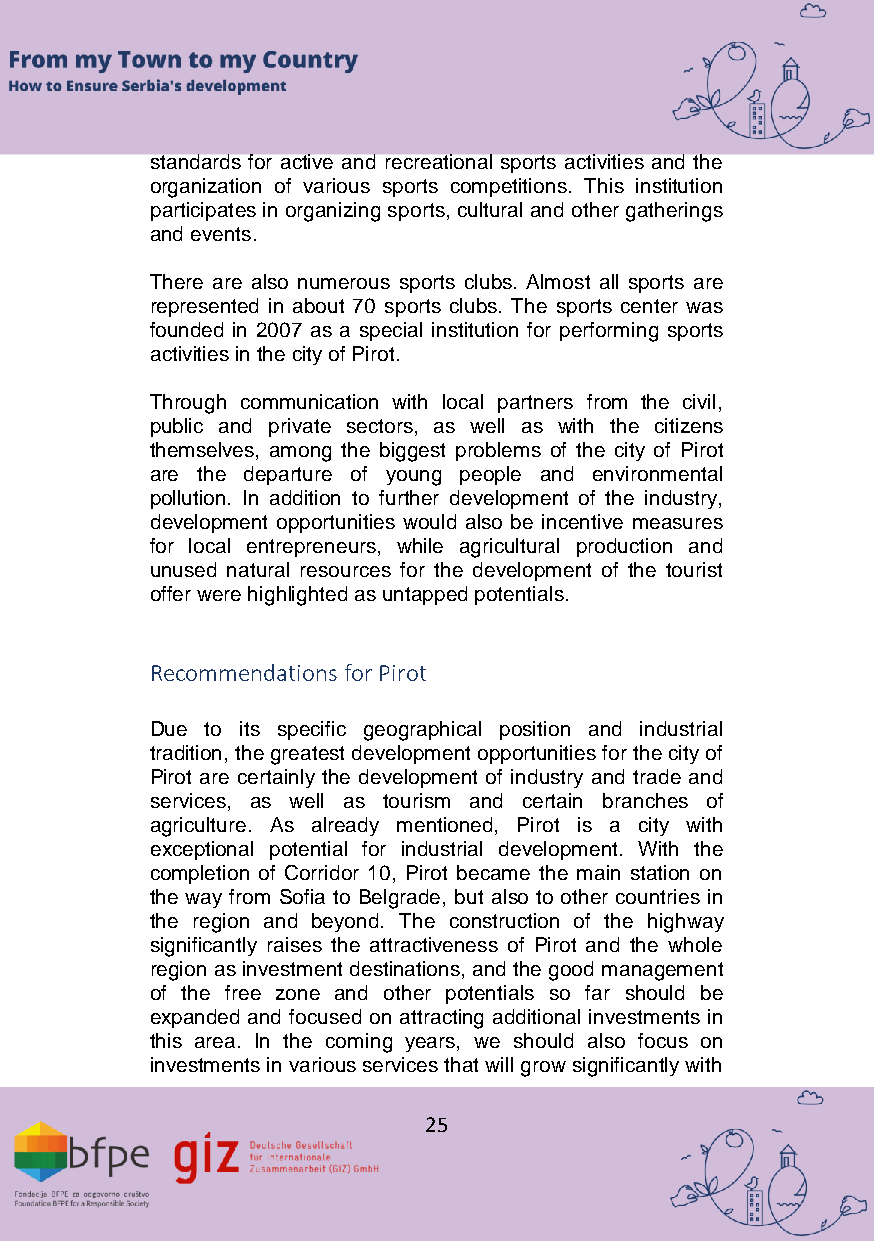
standards for active and recreational sports activities and the
 organization of various sports competitions. This institution
 participates in organizing sports, cultural and other gatherings
 and events.
 There are also numerous sports clubs. Almost all sports are
 represented in about 70 sports clubs. The sports center was
 founded in 2007 as a special institution for performing sports
 activities in the city of Pirot.
 Through communication with local partners from the civil,
 public and private sectors, as well as with the citizens
 themselves, among the biggest problems of the city of Pirot
 are the departure of young people and environmental
 pollution. In addition to further development of the industry,
 development opportunities would also be incentive measures
 for local entrepreneurs, while agricultural production and
 unused natural resources for the development of the tourist
 offer were highlighted as untapped potentials.
 Recommendations for Pirot
 Due to its specific geographical position and industrial
 tradition, the greatest development opportunities for the city of
 Pirot are certainly the development of industry and trade and
 services, as well as tourism and certain branches of
 agriculture. As already mentioned, Pirot is a city with
 exceptional potential for industrial development. With the
 completion of Corridor 10, Pirot became the main station on
 the way from Sofia to Belgrade, but also to other countries in
 the region and beyond. The construction of the highway
 significantly raises the attractiveness of Pirot and the whole
 region as investment destinations, and the good management
 of the free zone and other potentials so far should be
 expanded and focused on attracting additional investments in
 this area. In the coming years, we should also focus on
 investments in various services that will grow significantly with
 25